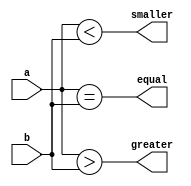
module compare_nbit_func
    # (parameter CMP_WIDTH = 4)
(
    input [CMP_WIDTH -1:0] a,
    input [CMP_WIDTH -1:0] b,
    output reg greater,
    output reg equal,
    output reg smaller
);

    function [2:0] compare (input [CMP_WIDTH-1:0] a, input [CMP_WIDTH-1:0 ] b);
        
        reg greater_local;
        reg equal_local;
        reg smaller_local;

        begin
            greater_local = (a>b);
            equal_local = (a==b);
            smaller_local = (a<b);
            compare = {greater_local, equal_local, smaller_local};
        end
    endfunction

    always @(*) begin
        {greater, equal, smaller} = compare(a,b);
    end

endmodule